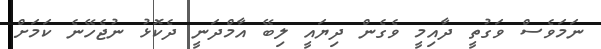
ނަމަވެސް ވަގުތީ ދާއިމީ ވެގެން ދިޔައީ ލިބޭ އާމްދަނީ ދެކޮޅު ނުޖެހޭނެ ކަމަށް